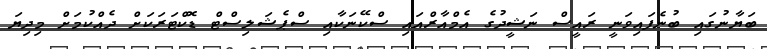
ބަޔާނުގައި ބުނެފައިވަނީ ރައީސް ނަޝީދުގެ އެމްއާރްއައި ސްކޭނަކާއި ސްޕެޝަލިސްޓް ޑޮކްޓަރަކަށް ދެއްކުމަށް މިދިޔަ